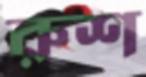
রুশ